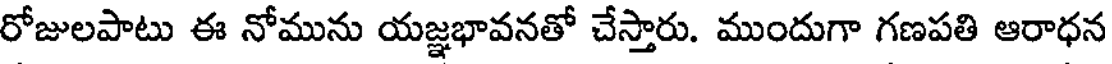
రోజులపాటు ఈ నోమును యజ్ఞభావనతో చేస్తారు. ముందుగా గణపతి ఆరాధన